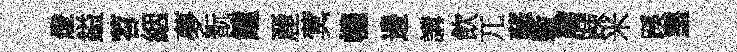
燈鎰苕絪夢翫鐘䴡蓂幰邊講飲兀蘇斁屑踈米蹊罣